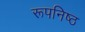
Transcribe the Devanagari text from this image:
रूपनिष्ठ